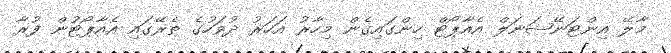
މާލޭ އިންޓަނޭޝަނަލް އެއާޕޯޓް ހިންގައިގެން މިހާރު އަހަރު ދުވަހުގެ ތެރޭގައި އެއާޕޯޓުން ފުރާ